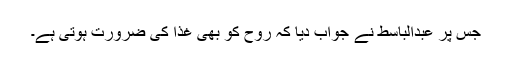
جس پر عبدالباسط نے جواب دیا کہ روح کو بھی غذا کی ضرورت ہوتی ہے۔